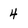
Character: 4